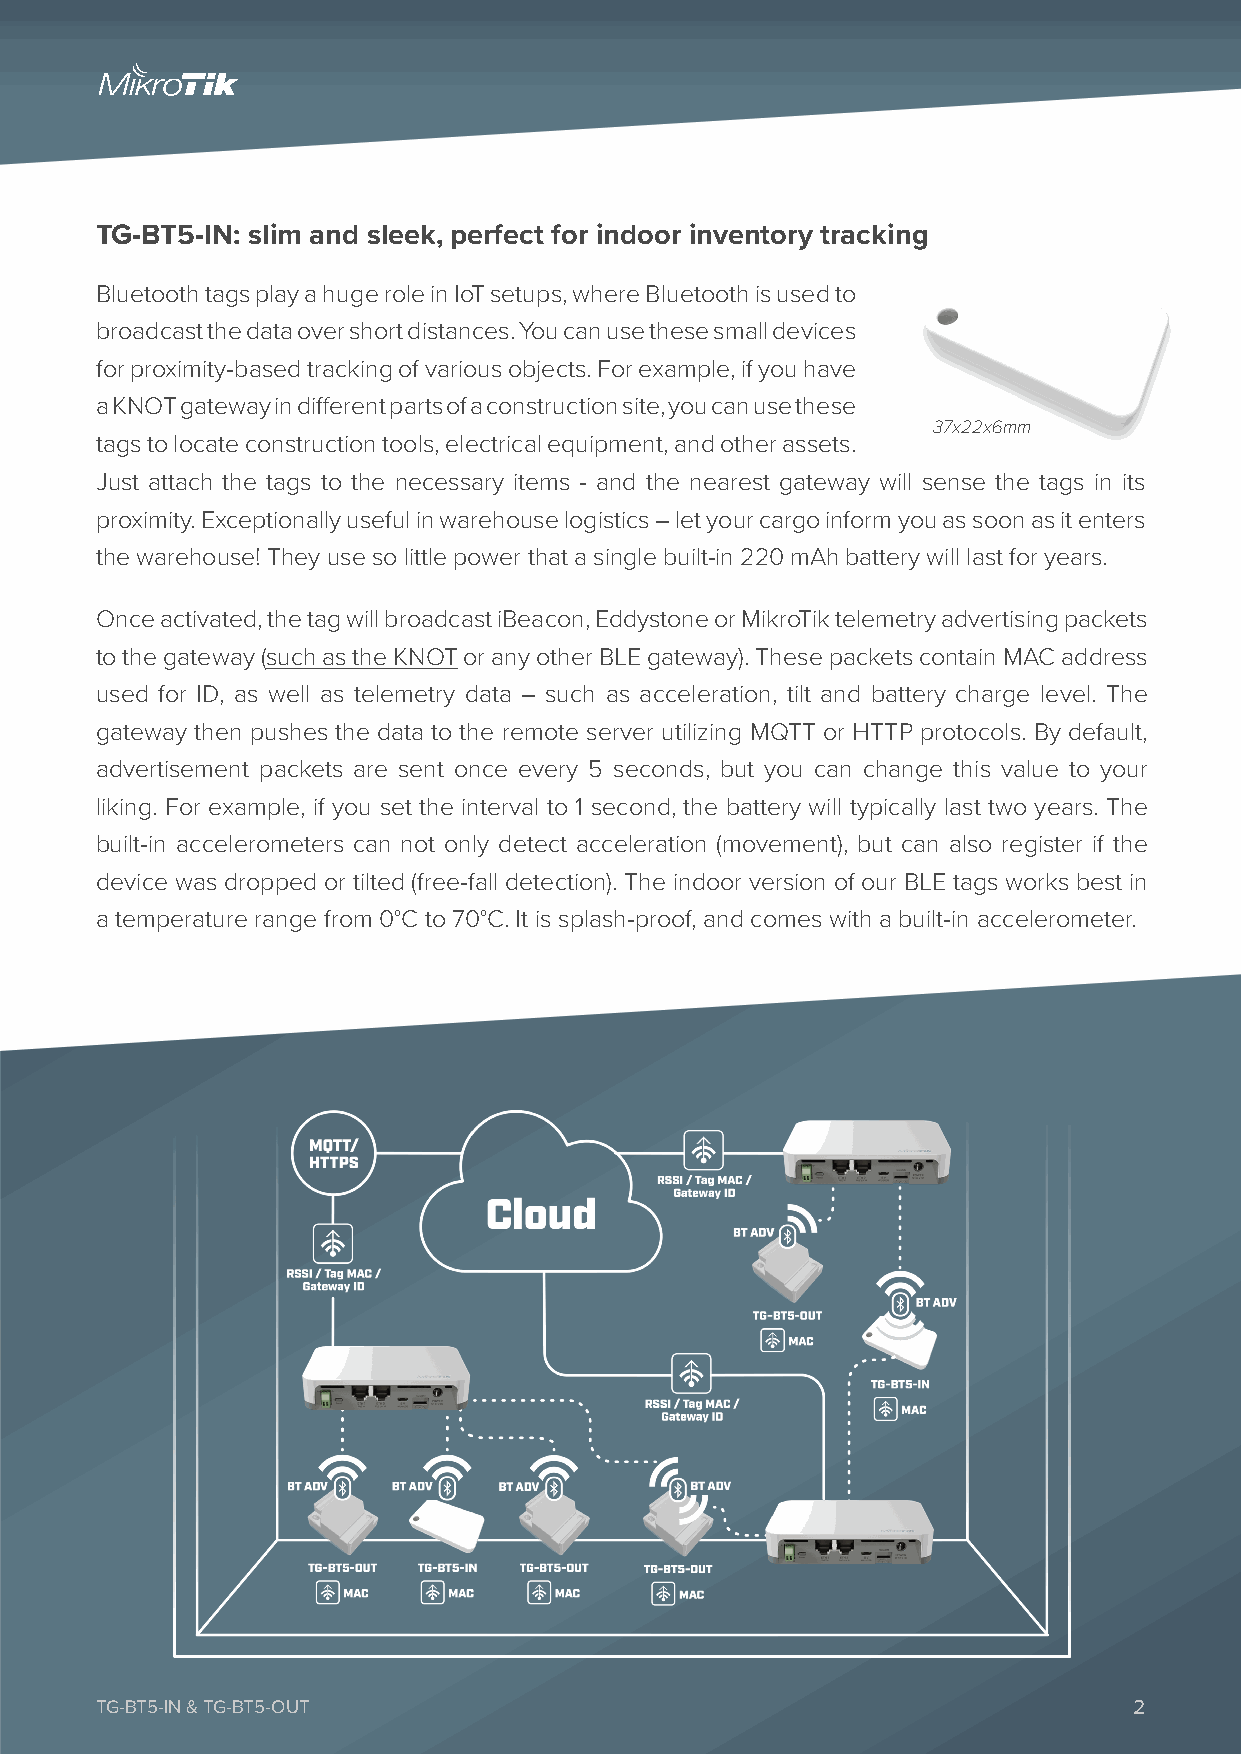
TG-BT5-IN: slim and sleek, perfect for indoor inventory tracking
 Bluetooth tags play a huge role in IoT setups, where Bluetooth is used to
 broadcast the data over short distances. You can use these small devices
 for proximity-based tracking of various objects. For example, if you have
 a KNOT gateway in different parts of a construction site, you can use these
 37x22x6mm
 tags to locate construction tools, electrical equipment, and other assets.
 Just attach the tags to the necessary items - and the nearest gateway will sense the tags in its
 proximity. Exceptionally useful in warehouse logistics – let your cargo inform you as soon as it enters
 the warehouse! They use so little power that a single built-in 220 mAh battery will last for years.
 Once activated, the tag will broadcast iBeacon, Eddystone or MikroTik telemetry advertising packets
 to the gateway (such as the KNOT or any other BLE gateway). These packets contain MAC address
 used for ID, as well as telemetry data – such as acceleration, tilt and battery charge level. The
 gateway then pushes the data to the remote server utilizing MQTT or HTTP protocols. By default,
 advertisement packets are sent once every 5 seconds, but you can change this value to your
 liking. For example, if you set the interval to 1 second, the battery will typically last two years. The
 built-in accelerometers can not only detect acceleration (movement), but can also register if the
 device was dropped or tilted (free-fall detection). The indoor version of our BLE tags works best in
 a temperature range from 0°C to 70°C. It is splash-proof, and comes with a built-in accelerometer.
 TG-BT5-IN & TG-BT5-OUT                                               2